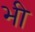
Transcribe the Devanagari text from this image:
भ्‍ाी